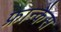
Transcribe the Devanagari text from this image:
फ्रान्कैस